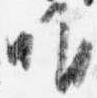
唯